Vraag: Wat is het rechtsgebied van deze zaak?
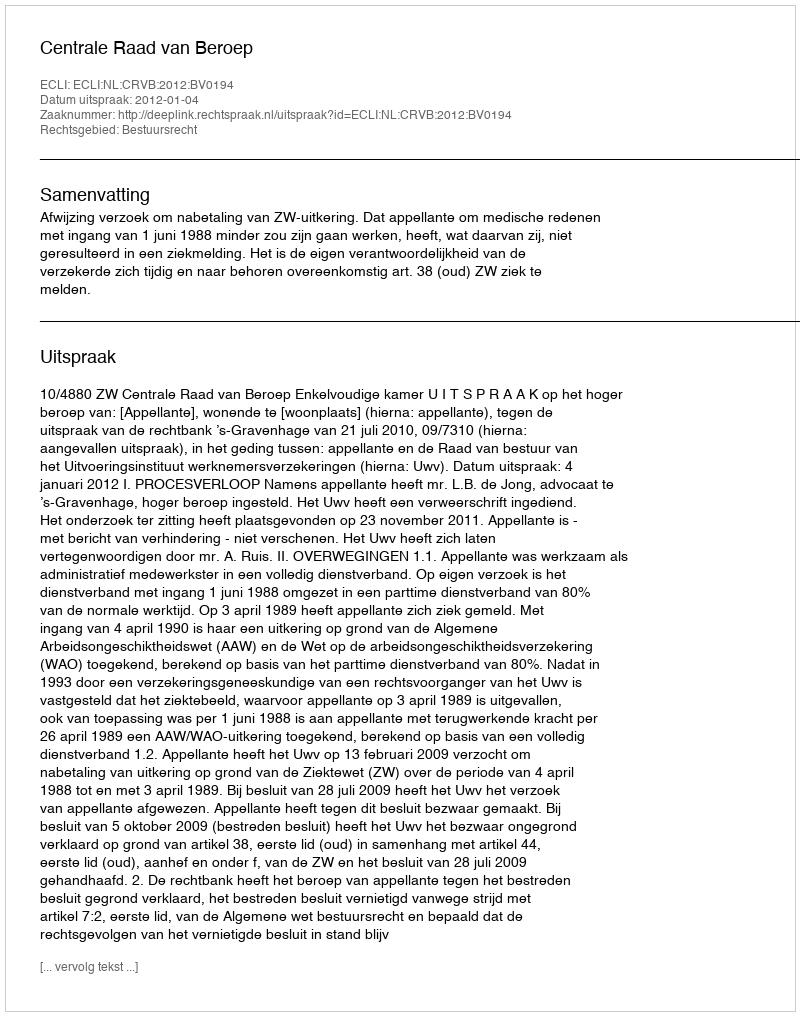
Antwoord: Bestuursrecht